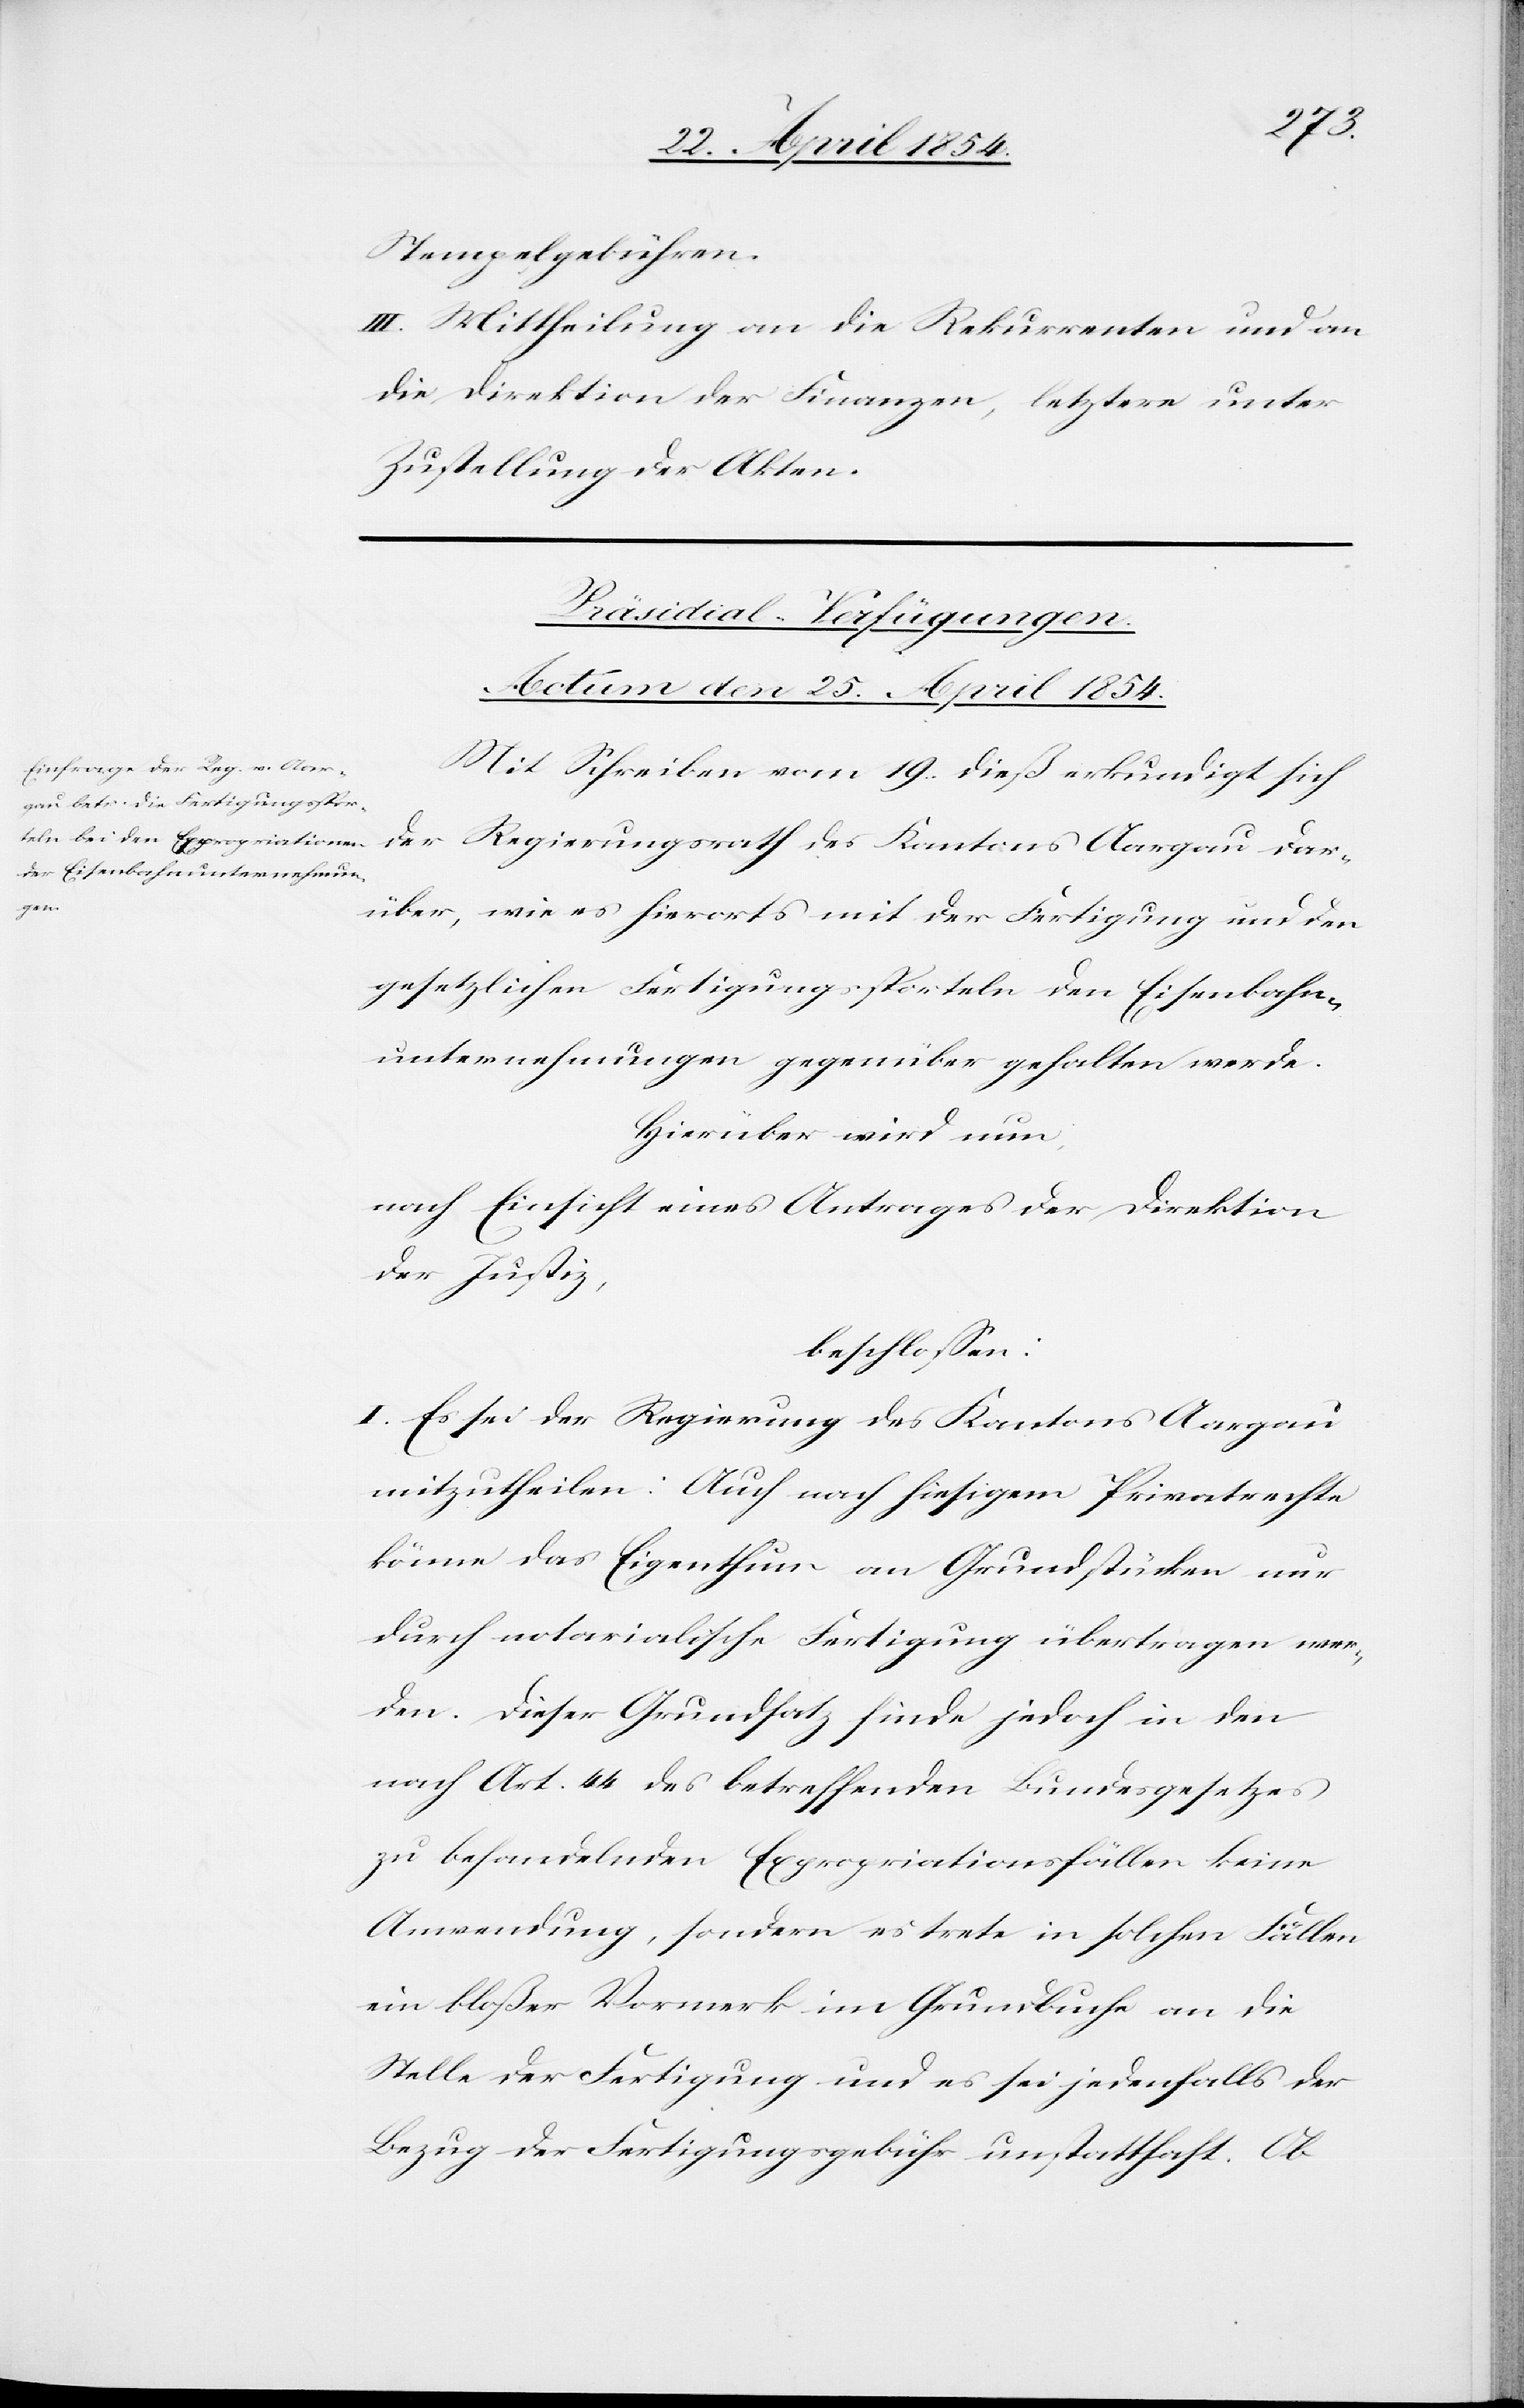
Stempelgebühren.
III. Mittheilung an die Rekurrenten und an
die Direktion der Finanzen, letztere unter
Zustellung der Akten.
Präsidial-Verfügungen.
Actum den 25. April 1854.
Mit Schreiben vom 19. dieß erkundigt sich
der Regierungsrath des Kantons Aargau dar¬
über, wie es hierort mit der Fertigung und den
gesetzlichen Fertigungssporteln den Eisenbahn¬
unternehmungen gegenüber gehalten werde.
Hierüber wird nun,
nach Einsicht eines Antrages der Direktion
der Justiz,
beschloßen:
I. Es sei der Regierung des Kantons Aargau
mitzutheilen: Auch nach hiesigem Privatrechte
könne das Eigenthum an Grundstücken nur
durch notarialische Fertigung übertragen wer¬
den. Dieser Grundsatz finde jedoch in den
nach Art. 44 des betreffenden Bundesgesetzes
zu behandelnden Expropriationsfällen keine
Anwendung, sondern es trete in solchen Fällen
ein bloßer Vormerk im Grundbuche an die
Stelle der Fertigung und es sei jedenfalls der
Bezug der Fertigungsgebühr unstatthaft. Ob